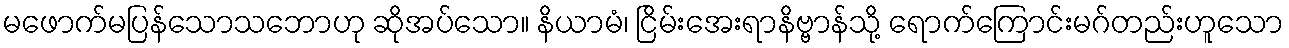
မဖောက်မပြန်သောသဘောဟု ဆိုအပ်သော။ နိယာမံ၊ ငြိမ်းအေးရာနိဗ္ဗာန်သို့ ရောက်ကြောင်းမဂ်တည်းဟူသော